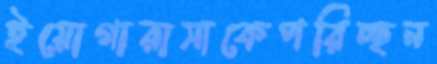
ইয়োগারাসাকেপরিচ্ছন